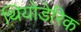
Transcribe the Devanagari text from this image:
थियोडेरिक